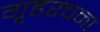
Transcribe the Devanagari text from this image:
गृहरचना